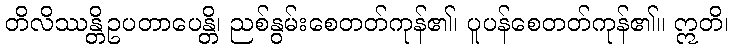
တိလိဿန္တိဥပတာပေန္တိ၊ ညစ်နွမ်းစေတတ်ကုန်၏၊ ပူပန်စေတတ်ကုန်၏။ ဣတိ၊